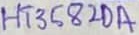
Text: HT3582DA